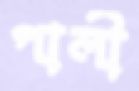
পালী